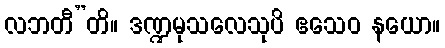
လဘတီ”တိ။ ဒဏ္ဍမုသလေသုပိ ဧသေဝ နယော။